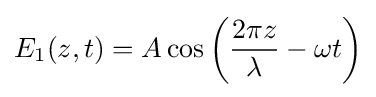
E_{1}(z,t)=A\cos \left({\frac {2\pi z}{\lambda }}-\omega t\right)